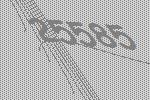
25585